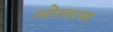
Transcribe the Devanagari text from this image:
ओलास